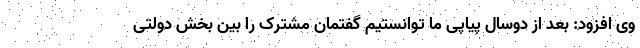
وی افزود: بعد از دوسال پیاپی ما توانستیم گفتمان مشترک را بین بخش دولتی